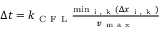
\begin{array} { r } { \Delta t = k _ { \mathrm { ~ C ~ F ~ L ~ } } \frac { \operatorname* { m i n } _ { \mathrm { ~ i ~ , ~ k ~ } } ( \Delta x _ { \mathrm { ~ i ~ , ~ k ~ } } ) } { v _ { \mathrm { ~ m ~ a ~ x ~ } } } } \end{array}